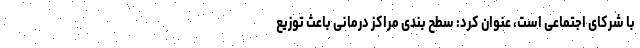
با شرکای اجتماعی است، عنوان کرد: سطح بندی مراکز درمانی باعث توزیع